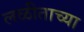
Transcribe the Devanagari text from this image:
लळीताच्या